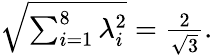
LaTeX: \begin{array}{r}{\sqrt{\sum_{i=1}^{8}\lambda_{i}^{2}}=\frac{2}{\sqrt{3}}.}\end{array}